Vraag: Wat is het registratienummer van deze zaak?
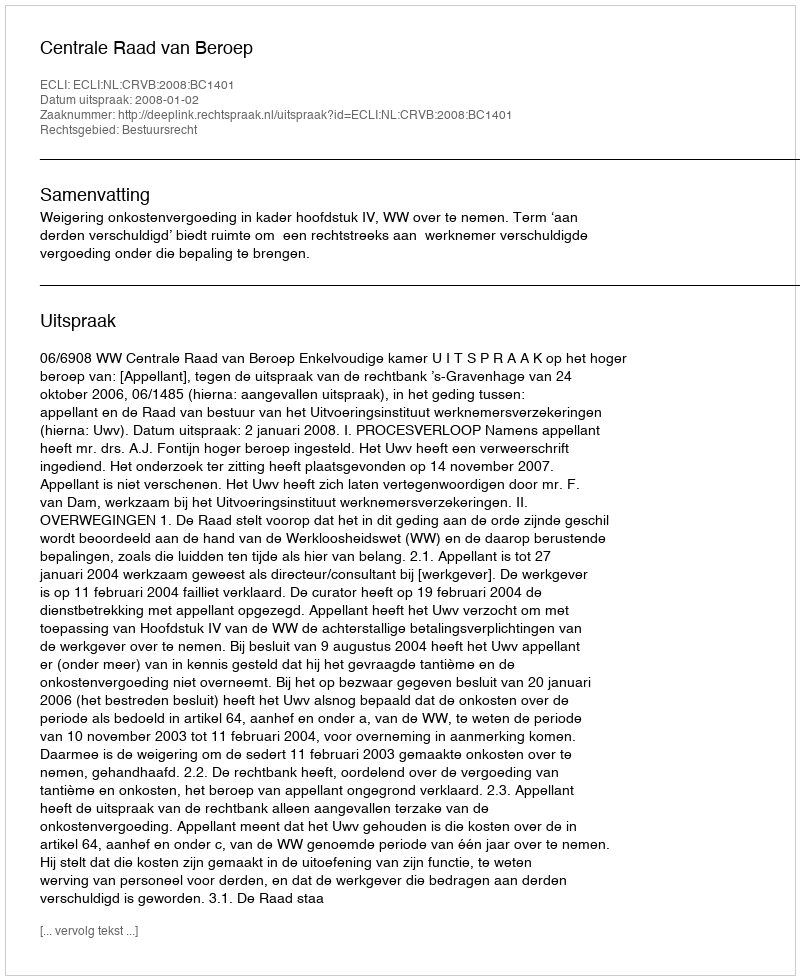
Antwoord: http://deeplink.rechtspraak.nl/uitspraak?id=ECLI:NL:CRVB:2008:BC1401